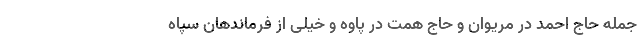
جمله حاج احمد در مریوان و حاج همت در پاوه و خیلی از فرماندهان سپاه